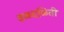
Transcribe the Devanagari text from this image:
वळवळिती